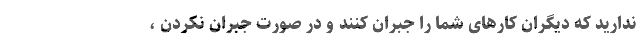
ندارید که دیگران کارهای شما را جبران کنند و در صورت جبران نکردن ،